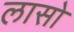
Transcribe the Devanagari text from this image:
लासो